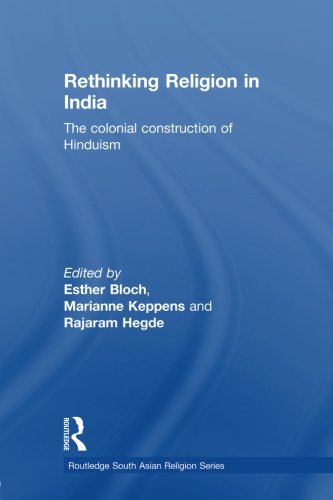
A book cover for Rethinking Religion in India: The Colonial Construction of Hinduism (Routledge South Asian Religion); Religion & Spirituality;